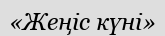
«Жеңіс күні»